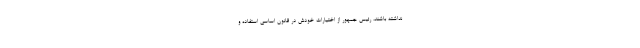
نداشته باشند، رئیس جمهور از اختیارات خودش در قانون اساسی استفاده و